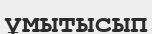
ұмытысып